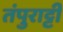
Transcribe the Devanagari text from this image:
तंपुराट्टी